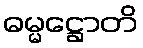
ဓမ္မဋ္ဌောတိ